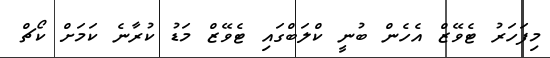
މިފަހަރު ޓެވޭޒް އެހެން ބުނީ ކްލަބްގައި ޓެވޭޒް މަޑު ކުރާނެ ކަމަށް ކޯޗް